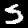
Digit: 5